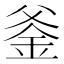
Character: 𨥏